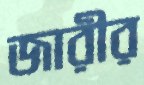
জারীর